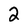
Character: 2